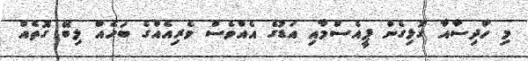
މި ހާދިސާއާ ގުޅިގެން ޕީއެސްމާއި އަޑުގެ އެއްވެސް ވެރިއެއްގެ ބަހެއް ލިބޭ ގޮތެއް